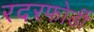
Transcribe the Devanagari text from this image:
रदरफोर्डी